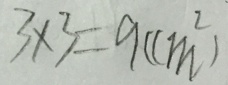
3 \times 3 = 9 ( c m ^ { 2 } )